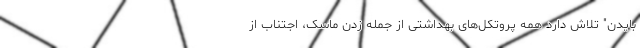
بایدن" تلاش دارد همه پروتکل‌های بهداشتی از جمله زدن ماسک، اجتناب از